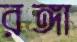
রঙ্গা